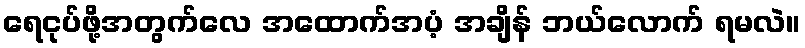
ရေငုပ်ဖို့အတွက်လေ အထောက်အပံ့ အချိန် ဘယ်လောက် ရမလဲ။